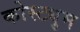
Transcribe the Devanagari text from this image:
कोस्ट्युम